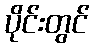
ပိုင်းတွင်